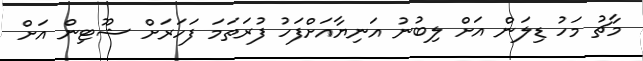
މާޗު މަހު ޑިލަން އަށް ލިބުނު އަނިޔާއަށްފަހު ފުރަތަމަ ފަހަރަށް ޝޫޓިން އަށް